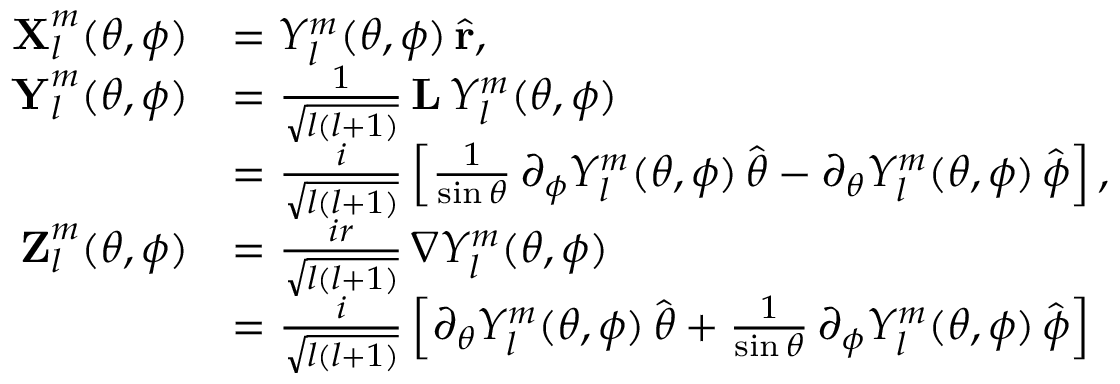
\begin{array} { r l } { \boldsymbol { \mathbf { X } } _ { l } ^ { m } ( \theta , \phi ) } & { = Y _ { l } ^ { m } ( \theta , \phi ) \, \hat { \boldsymbol { \mathbf { r } } } , } \\ { \boldsymbol { \mathbf { Y } } _ { l } ^ { m } ( \theta , \phi ) } & { = \frac { 1 } { \sqrt { l ( l + 1 ) } } \, \mathbf { L } \, Y _ { l } ^ { m } ( \theta , \phi ) } \\ & { = \frac { i } { \sqrt { l ( l + 1 ) } } \left[ \frac { 1 } { \sin \theta } \, \partial _ { \phi } Y _ { l } ^ { m } ( \theta , \phi ) \, \hat { \boldsymbol { \theta } } - \partial _ { \theta } Y _ { l } ^ { m } ( \theta , \phi ) \, \hat { \boldsymbol { \phi } } \right] , } \\ { \boldsymbol { \mathbf { Z } } _ { l } ^ { m } ( \theta , \phi ) } & { = \frac { i r } { \sqrt { l ( l + 1 ) } } \, \boldsymbol { \nabla } Y _ { l } ^ { m } ( \theta , \phi ) } \\ & { = \frac { i } { \sqrt { l ( l + 1 ) } } \left[ \partial _ { \theta } Y _ { l } ^ { m } ( \theta , \phi ) \, \hat { \boldsymbol { \theta } } + \frac { 1 } { \sin \theta } \, \partial _ { \phi } Y _ { l } ^ { m } ( \theta , \phi ) \, \hat { \boldsymbol { \phi } } \right] } \end{array}